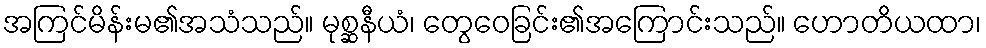
အကြင်မိန်းမ၏အသံသည်။ မုစ္ဆနီယံ၊ တွေဝေခြင်း၏အကြောင်းသည်။ ဟောတိယထာ၊